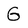
Character: G